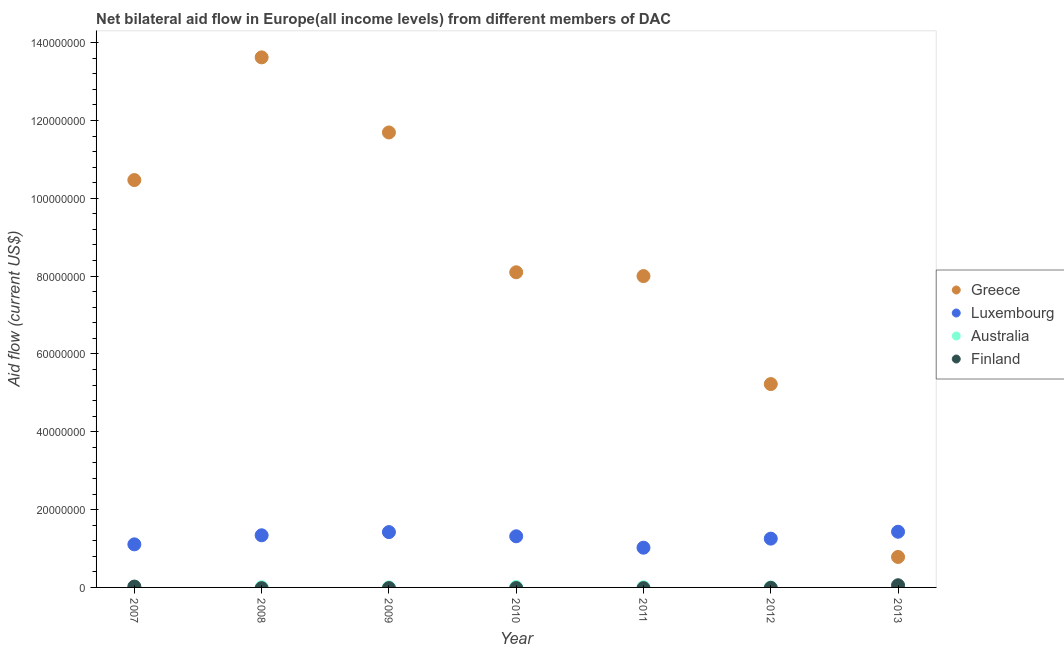
| Year | Greece | Luxembourg | Australia | Finland |
 | --- | --- | --- | --- | --- |
 | 2007 | 1.05e+08 | 1.11e+07 | 1.2e+05 | 2.2e+05 |
 | 2008 | 1.36e+08 | 1.34e+07 | 7e+04 | -1.9e+05 |
 | 2009 | 1.17e+08 | 1.42e+07 | 2e+04 | -1.7e+05 |
 | 2010 | 8.1e+07 | 1.31e+07 | 1.3e+05 | -1.6e+05 |
 | 2011 | 8e+07 | 1.02e+07 | 4e+04 | -1.8e+05 |
 | 2012 | 5.23e+07 | 1.25e+07 | 1e+04 | -1.1e+05 |
 | 2013 | 7.83e+06 | 1.43e+07 | 2e+04 | 5.6e+05 |